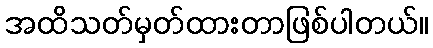
အထိသတ်မှတ်ထားတာဖြစ်ပါတယ်။